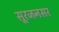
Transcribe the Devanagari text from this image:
सूरजनसर